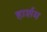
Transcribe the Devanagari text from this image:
हार्शम